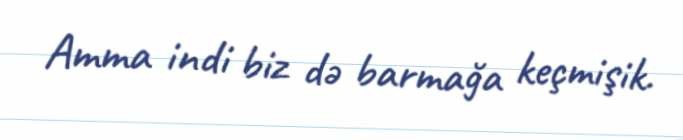
Amma indi biz də barmağa keçmişik.